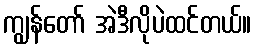
ကျွန်တော် အဲဒီလိုပဲထင်တယ်။